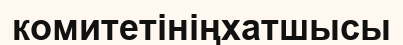
комитетініңхатшысы